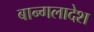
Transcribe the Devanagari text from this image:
बान्गलादेश